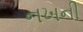
નખની